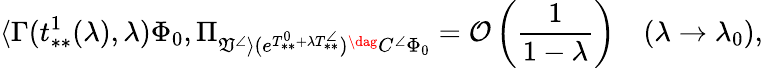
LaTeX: \langle\Gamma(t_{**}^{1}(\lambda),\lambda)\Phi_{0},\Pi_{\mathfrak{V}^{\angle}\rangle(e^{T_{**}^{0}+\lambda T_{**}^{\angle}})^{\dag}C^{\angle}\Phi_{0}}=\mathcal{O}\left(\frac{1}{1-\lambda}\right)\quad(\lambda\to\lambda_{0}),